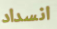
انسداد